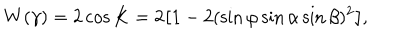
W ( \gamma ) = 2 \cos K = 2 \bigl [ 1 - 2 ( \sin \varphi \sin \alpha \sin \beta ) ^ { 2 } \bigl ] ,